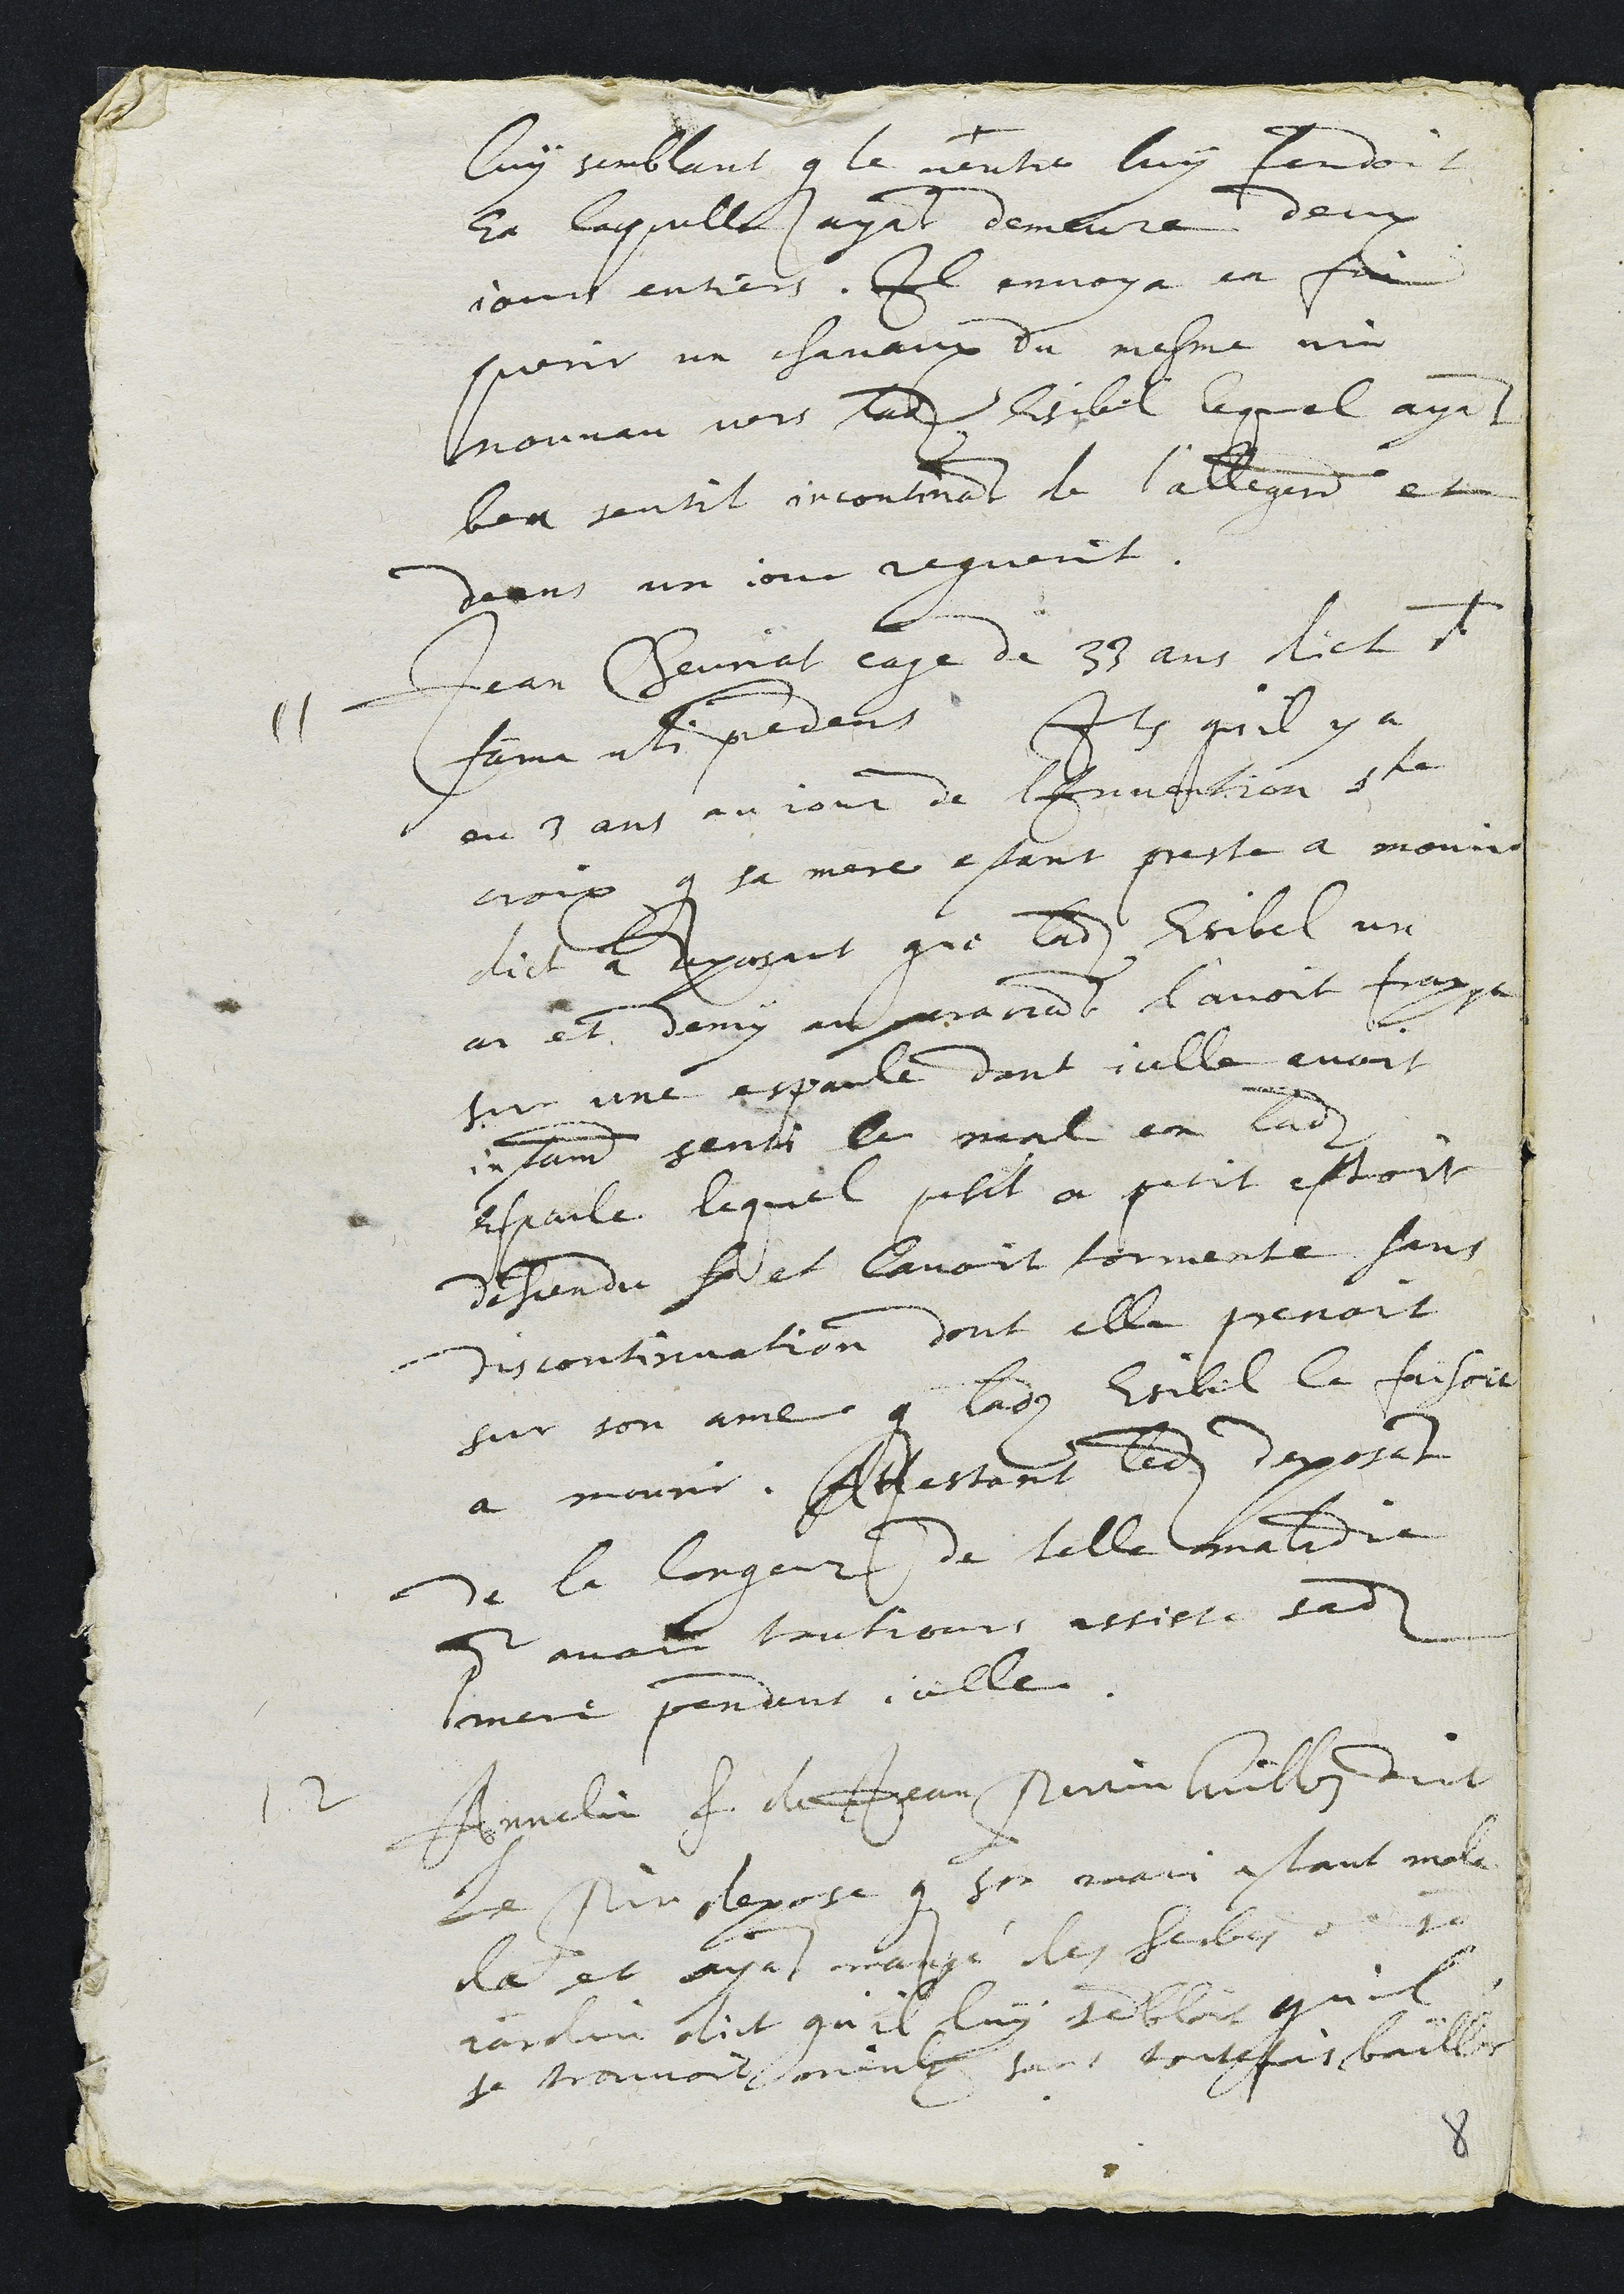
luy semblant que le ventre luy fendoit
Et laquelle ayant demeure deux
jours entiers, Il envoya en fin
querir un chavaux du mesme vin
nouveau vers ladite Esibel lequel ayant
beu sentit incontinant de l'allegement et
deans un jour reguerit.
11 Jean Chevriat eage de 33 ans dict de
fama uti precedens Item qu'il y a
eu 3 ans au jour de l'Invention ste
croix que sa mere estant preste a mourir
dict a deposant que ladite Esibel un
an et demy auparavant l'avoit frappe
sur une espaule dont icelle avoit
instamment senti le mal en ladite
espaule lequel petit a petit estoit
descendu sa et lavoit tormente sans
discontinuation dont elle prenoit
sur son ame que ladite Esibel la faisoit
a mourir. Attestant ledit deposant
de la longueur de telle maladie
pour avoir toutjours assiste sadite
mere pendant icelle.
12 Annelin f. de Jean Perrin Guillon dict
Le Pin depose que son mari estant mala
de et ayant mangé des herbes de son
jardin dict qu'il luy sembloit qu'il
se trouvoit mieulx sans toutesfois bailler